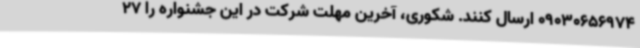
09030656974 ارسال کنند. شکوری، آخرین مهلت شرکت در این جشنواره را 27